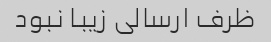
ظرف ارسالی زیبا نبود